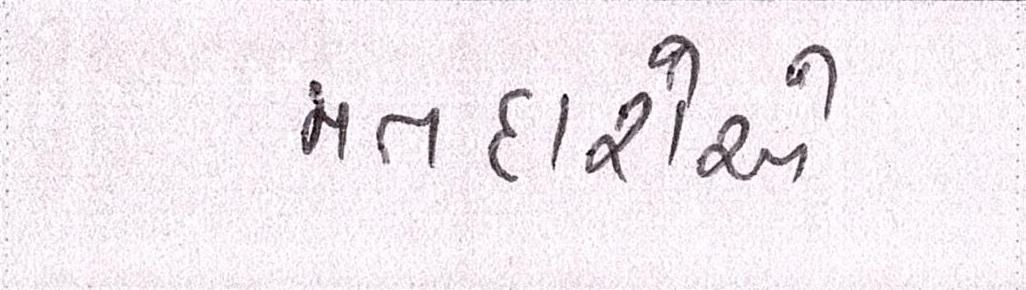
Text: મતદારોએ